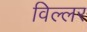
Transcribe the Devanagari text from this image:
विल्लर